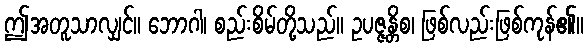
ဤအတူသာလျှင်။ ဘောဂါ၊ စည်းစိမ်တို့သည်။ ဥပဇ္ဇန္တိစ၊ ဖြစ်လည်းဖြစ်ကုန်၏။